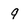
Character: 9